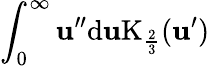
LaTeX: \int_{0}^{\infty}\mathbf{u}^{\prime\prime}\mathrm{{d}}\mathbf{u}\mathrm{{K}}_{\frac{{2}}{{3}}}(\mathbf{u}^{\prime})